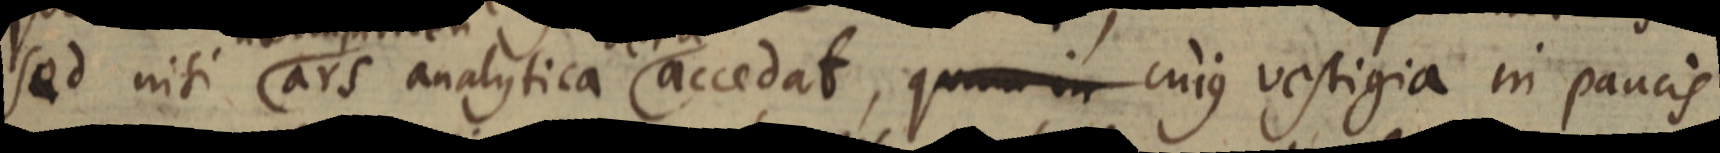
sed nisi ars analytica vera accedat, quam in cujus vestigia in paucis